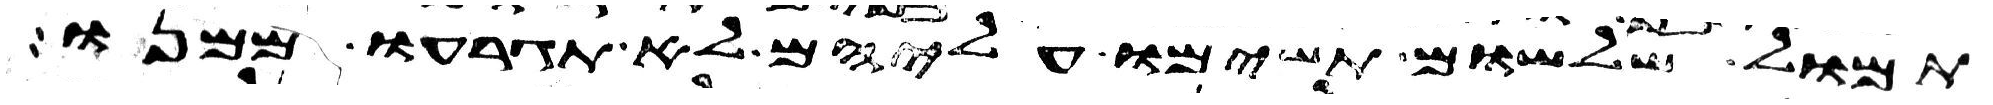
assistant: תמול שלשום תשימו עליהם לא תגרעו ממנו